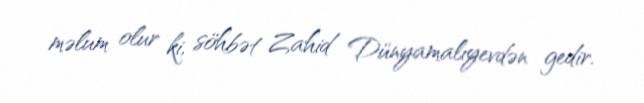
məlum olur ki, söhbət Zahid Dünyamalıyevdən gedir.